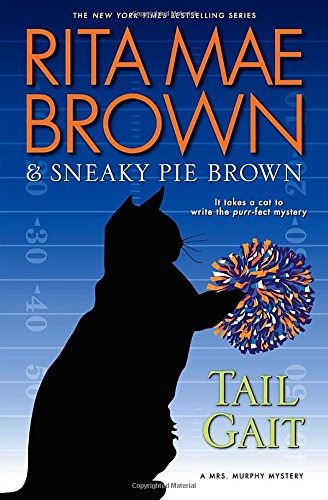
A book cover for Tail Gait: A Mrs. Murphy Mystery; Rita Mae Brown; Mystery, Thriller & Suspense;